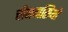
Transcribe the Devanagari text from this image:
चीनवासियों